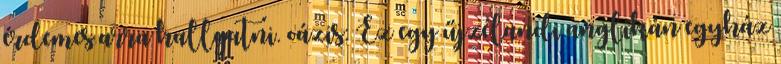
érdemes arra hallgatni. oázis: Ez egy űjzélandi anglikán egyház